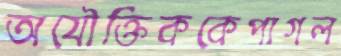
অযৌক্তিককেপাগল